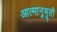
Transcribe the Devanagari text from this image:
आत्मानुभूती